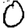
Digit: 0